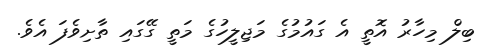
ބިލް މިހާރު އޮތީ އެ ގައުމުގެ މަޖިލީހުގެ މަތީ ގޭގައި ތާށިވެފަ އެވެ.